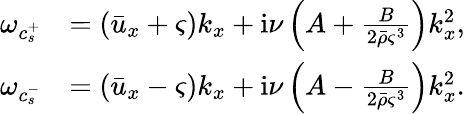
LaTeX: \begin{array}{rl}{\omega_{c_{s}^{+}}}&{=(\bar{u}_{x}+\varsigma)k_{x}+\mathrm{i}\nu\left(A+\frac{B}{2\bar{\rho}\varsigma^{3}}\right)k_{x}^{2},}\\ {\omega_{c_{s}^{-}}}&{=(\bar{u}_{x}-\varsigma)k_{x}+\mathrm{i}\nu\left(A-\frac{B}{2\bar{\rho}\varsigma^{3}}\right)k_{x}^{2}.}\end{array}